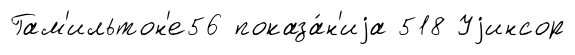
Гам'ильтон'е56 показа́н'иjа 518 Уjинсор